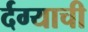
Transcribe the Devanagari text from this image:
र्दग्याची